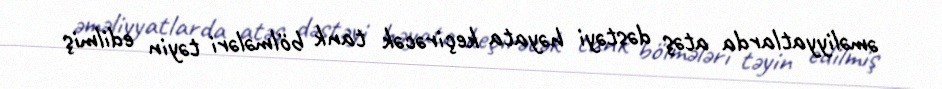
əməliyyatlarda atəş dəstəyi həyata keçirəcək tank bölmələri təyin edilmiş